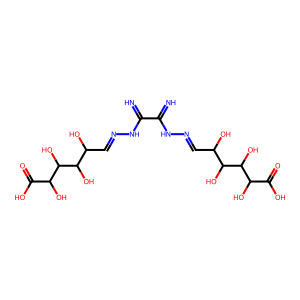
SMILES: N=C(NN=CC(O)C(O)C(O)C(O)C(=O)O)C(=N)NN=CC(O)C(O)C(O)C(O)C(=O)O
Inhibits HIV replication: No